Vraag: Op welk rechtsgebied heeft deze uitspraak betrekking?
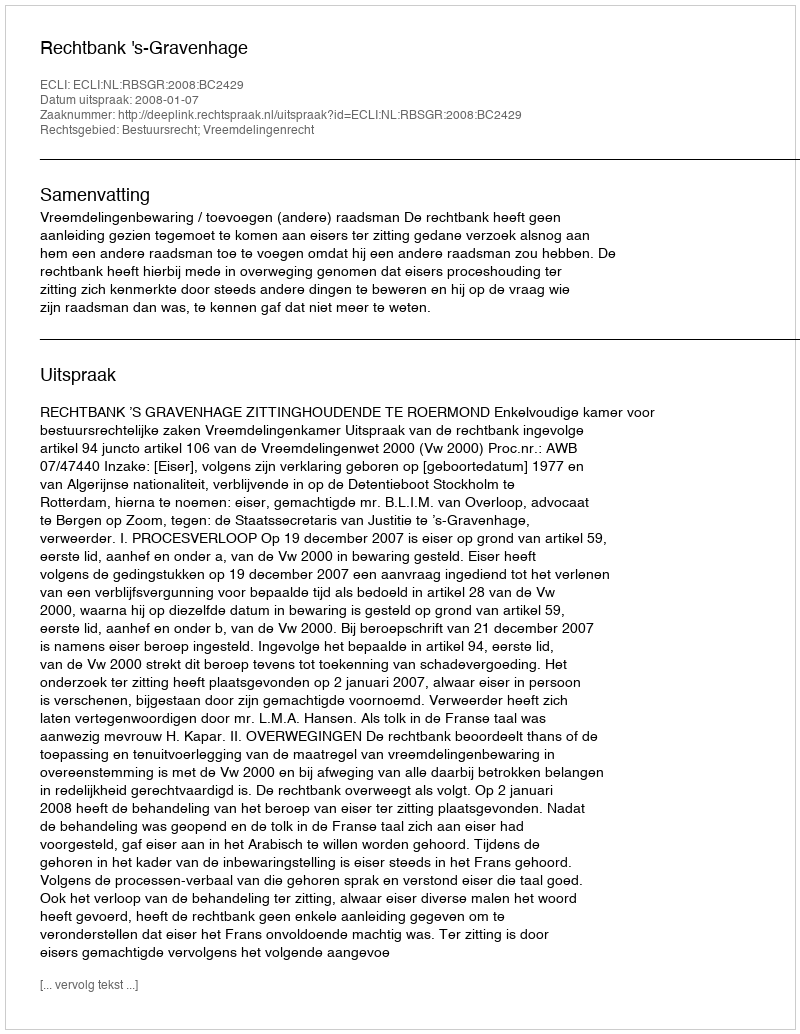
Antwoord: Bestuursrecht; Vreemdelingenrecht